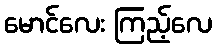
မောင်လေး ကြည့်လေ